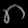
Digit: ၈